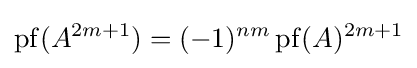
\operatorname {pf} (A^{2m+1})=(-1)^{nm}\operatorname {pf} (A)^{2m+1}